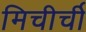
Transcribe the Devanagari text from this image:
मिचीर्ची